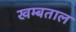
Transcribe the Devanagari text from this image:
खम्बताल